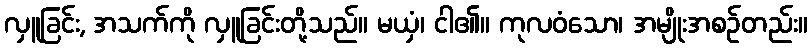
လှူခြင်း, အသက်ကို လှူခြင်းတို့သည်။ မယှံ၊ ငါ၏။ ကုလဝံသော၊ အမျိုးအစဉ်တည်း။